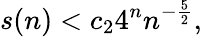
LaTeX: s(n)<c_{2}4^{n}n^{-{\frac{5}{2}}},